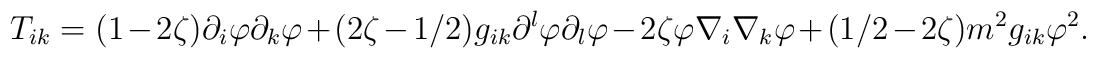
T_{ik}=(1-2\zeta )\partial _{i}\varphi \partial _{k}\varphi+(2\zeta -1/2)g_{ik}\partial ^{l}\varphi \partial _{l}\varphi-2\zeta \varphi \nabla _{i}\nabla _{k}\varphi +(1/2-2\zeta)m^{2}g_{ik}\varphi ^{2}.